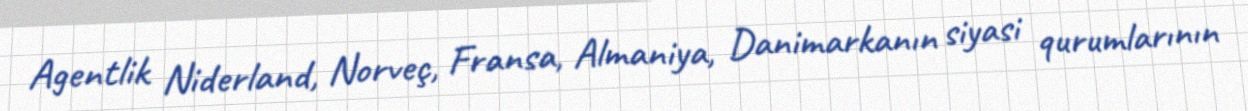
Agentlik Niderland, Norveç, Fransa, Almaniya, Danimarkanın siyasi qurumlarının